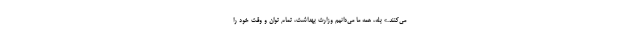
می‌کنند.» بله، همه ما می‌دانیم وزارت بهداشت، تمام توان و وقت خود را